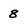
Character: 8